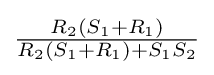
{\tfrac {R_{2}(S_{1}+R_{1})}{R_{2}(S_{1}+R_{1})+S_{1}S_{2}}}